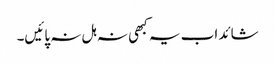
شائد اب یہ کبھی نہ ہل نہ پائیں۔